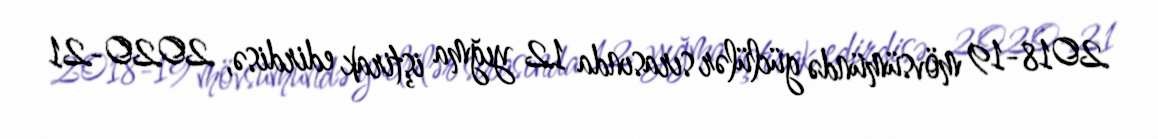
2018-19 mövsümündə güclülər sırasında 12 yığma iştirak edirdisə, 2020-21